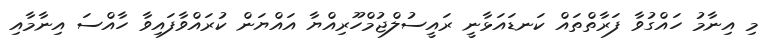
މި އިނާމު ހައްގުވާ ފަރާތްތައް ކަނޑައަޅާނީ ރައީސުލްޖުމްހޫރިއްޔާ އައްޔަން ކުރައްވާފައިވާ ހާއްސަ އިނާމާއި